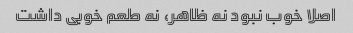
اصلا خوب نبود نه ظاهر، نه طعم خوبی داشت